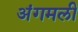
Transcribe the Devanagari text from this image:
अंगमली